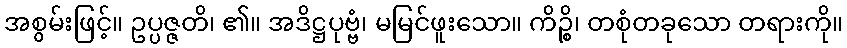
အစွမ်းဖြင့်။ ဥပ္ပဇ္ဇတိ၊ ၏။ အဒိဋ္ဌပုဗ္ဗံ၊ မမြင်ဖူးသော။ ကိဉ္စိ၊ တစုံတခုသော တရားကို။